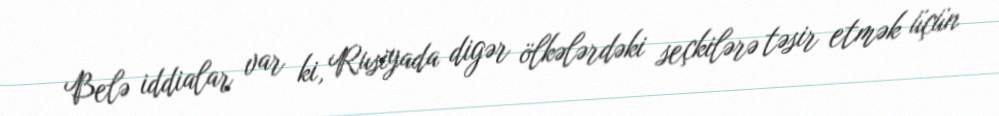
Belə iddialar var ki, Rusiyada digər ölkələrdəki seçkilərə təsir etmək üçün